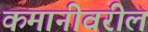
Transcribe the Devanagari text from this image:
कमानीवरील